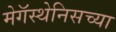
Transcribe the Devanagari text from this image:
मेगॅस्थेनिसच्या